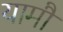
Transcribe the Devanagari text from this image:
यामौ